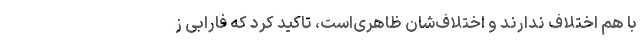
با هم اختلاف ندارند و اختلاف‌شان ظاهری‌است، تاکید کرد که فارابی ز